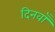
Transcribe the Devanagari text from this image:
दिनवाँ